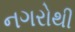
નગરોથી